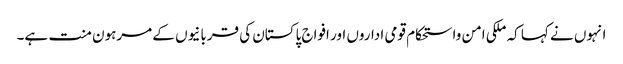
انہوں نے کہا کہ ملکی امن واستحکام قومی اداروں اور افواج پاکستان کی قربانیوں کے مرہون منت ہے۔